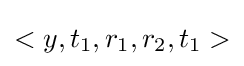
<y,t_{1},r_{1},r_{2},t_{1}>